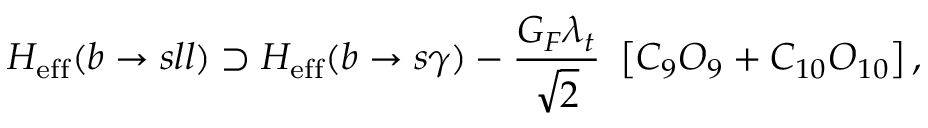
H _ { \mathrm { e f f } } ( b \rightarrow s l l ) \supset H _ { \mathrm { e f f } } ( b \rightarrow s \gamma ) - { \frac { G _ { F } \lambda _ { t } } { \sqrt { 2 } } } ~ \left[ C _ { 9 } O _ { 9 } + C _ { 1 0 } O _ { 1 0 } \right] ,